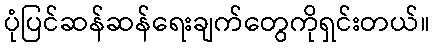
ပုံပြင်ဆန်ဆန်ရေးချက်တွေကိုရှင်းတယ်။